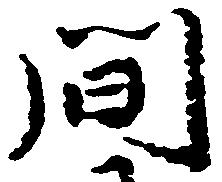
間